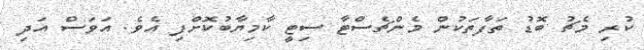
ކުރި މެޗު ބޮޑު ތަފާތަކުން މެންޗެސްޓާ ސިޓީ ކާމިޔާބުކޮށްފި އެވެ. އަވަސް އަދި